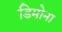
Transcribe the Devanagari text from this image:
डिमोना